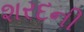
શરદની